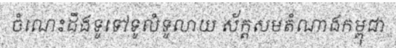
ចំណេះដឹងទូទៅទូលំទូលាយ ស័ក្តសមតំណាងកម្ពុជា